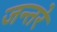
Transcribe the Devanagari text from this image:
जन्तरे